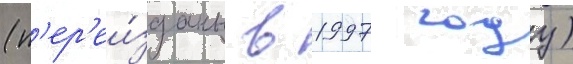
(п'ер'еи́зданы в 1997 году)